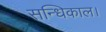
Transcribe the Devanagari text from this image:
सन्धिकाल।